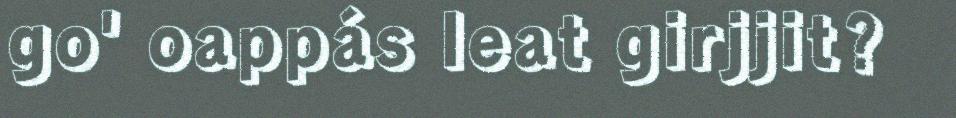
go' oappás leat girjjit?